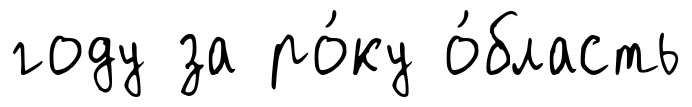
году за ро́ку о́бласть